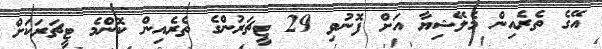
އޭގެ ތެރެއިން މެލޭޝިޔާ އަށް ފޮނުވި 29 ޓީޗަރުންގެ ތެރެއިން ކޮންމެ ޓީޗަރަކަށް